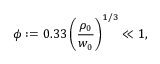
\phi : = 0 . 3 3 \left( \frac { \rho _ { 0 } } { w _ { 0 } } \right) ^ { 1 / 3 } \ll 1 ,